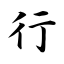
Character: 行